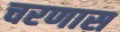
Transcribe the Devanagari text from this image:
चरणास